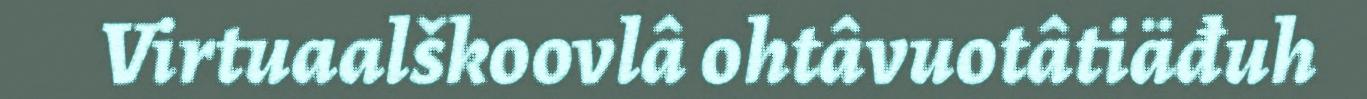
Virtuaalškoovlâ ohtâvuotâtiäđuh